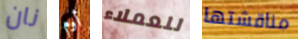
نان أوم للعملاء مناقشتها